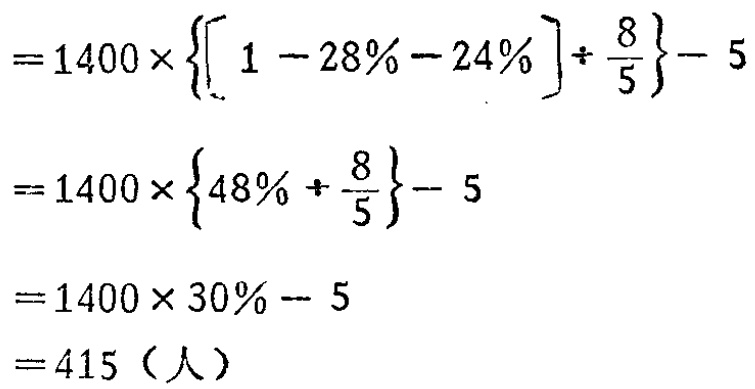
\[

\begin{align*}

&=1400\times\left\{\left[1 - 28\% - 24\%\right]\div\frac{8}{5}\right\}- 5\\

&=1400\times\left\{48\% \div\frac{8}{5}\right\}- 5\\

&=1400\times 30\% - 5\\

&=415（人）

\end{align*}

\]